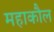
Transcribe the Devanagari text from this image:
महाकौल